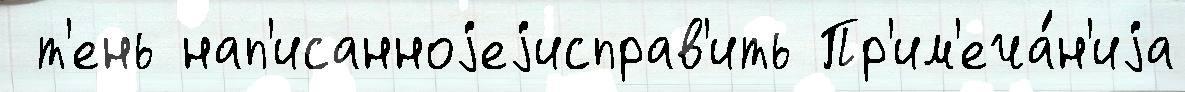
 т'ень нап'исанноjеjисправ'ить Пр'им'еча́н'иjа